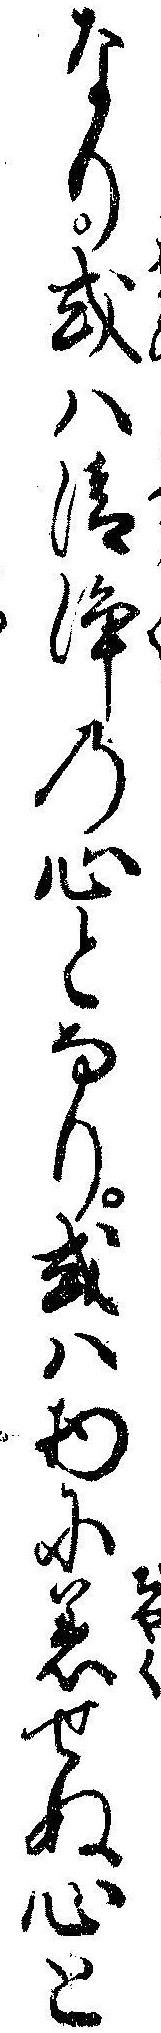
なり或ハ清浄の心となり或ハ物に着せぬ心と